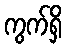
ကွက်ရှိ